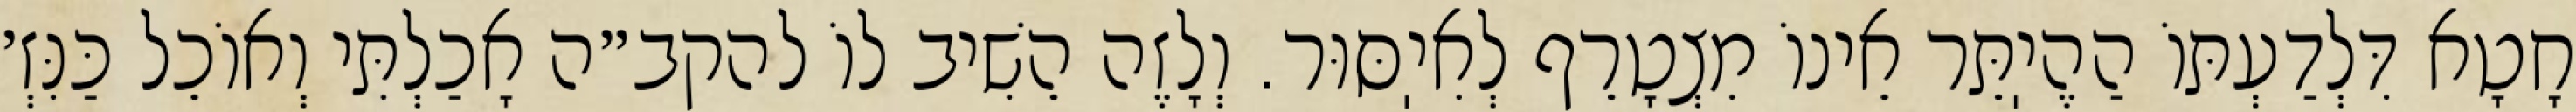
חָטָא דִּלְדַעְתּוֹ הַהֶיֽתֵּר אֵינוֹ מִצְטָרֵף לְאִיֽסּוּר. וְלָזֶה הֵשִׁיב לוֹ להקב״ה אָכַלְתִּי וְאוֹכֵל כַּנִּזְ׳